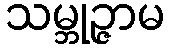
သမ္ဘုဉ္ဇာမ